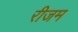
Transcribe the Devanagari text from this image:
रीजम